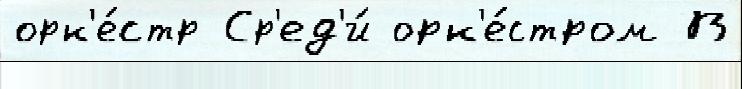
орк'е́стр Ср'ед'и́ орк'е́стром В